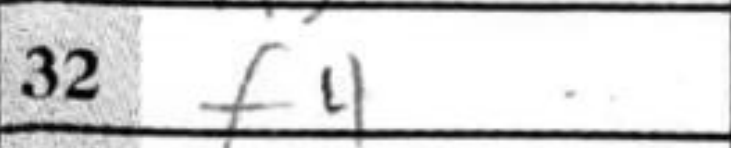
Transcription: f4